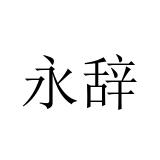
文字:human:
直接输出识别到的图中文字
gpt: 永辞